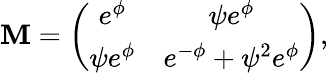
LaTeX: \mathbf{M}=\left(\begin{array}{cc}{{e^{\phi}}}&{{\psi e^{\phi}}}\\ {{\psi e^{\phi}}}&{{e^{-\phi}+\psi^{2}e^{\phi}}}\end{array}\right),